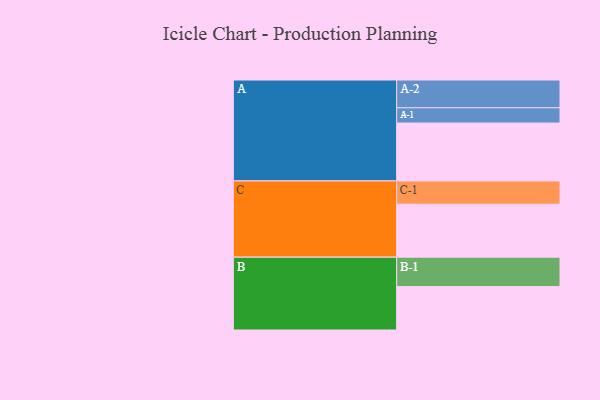
{"axis": {"x": "Segment", "y": "Value"}, "legend": ["", "A", "B", "C"], "data": [{"x": "A", "y": 540, "type": ""}, {"x": "B", "y": 405, "type": ""}, {"x": "C", "y": 494, "type": ""}, {"x": "A-1", "y": 142, "type": "A"}, {"x": "A-2", "y": 259, "type": "A"}, {"x": "B-1", "y": 274, "type": "B"}, {"x": "C-1", "y": 217, "type": "C"}]}